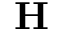
\mathbf { H }